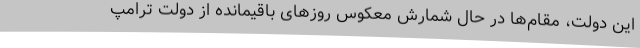
این دولت، مقام‌ها در حال شمارش معکوس روزهای باقیمانده از دولت ترامپ